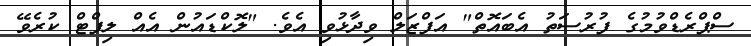
ސްޕްރެޑްވުމުގެ ފުރުސަތު އެބައޮތް" އަފްޒަލް ވިދާޅުވި އެވެ. "ލޮކްޑައުން އެއް ލިފްޓް ކުރެވޭ